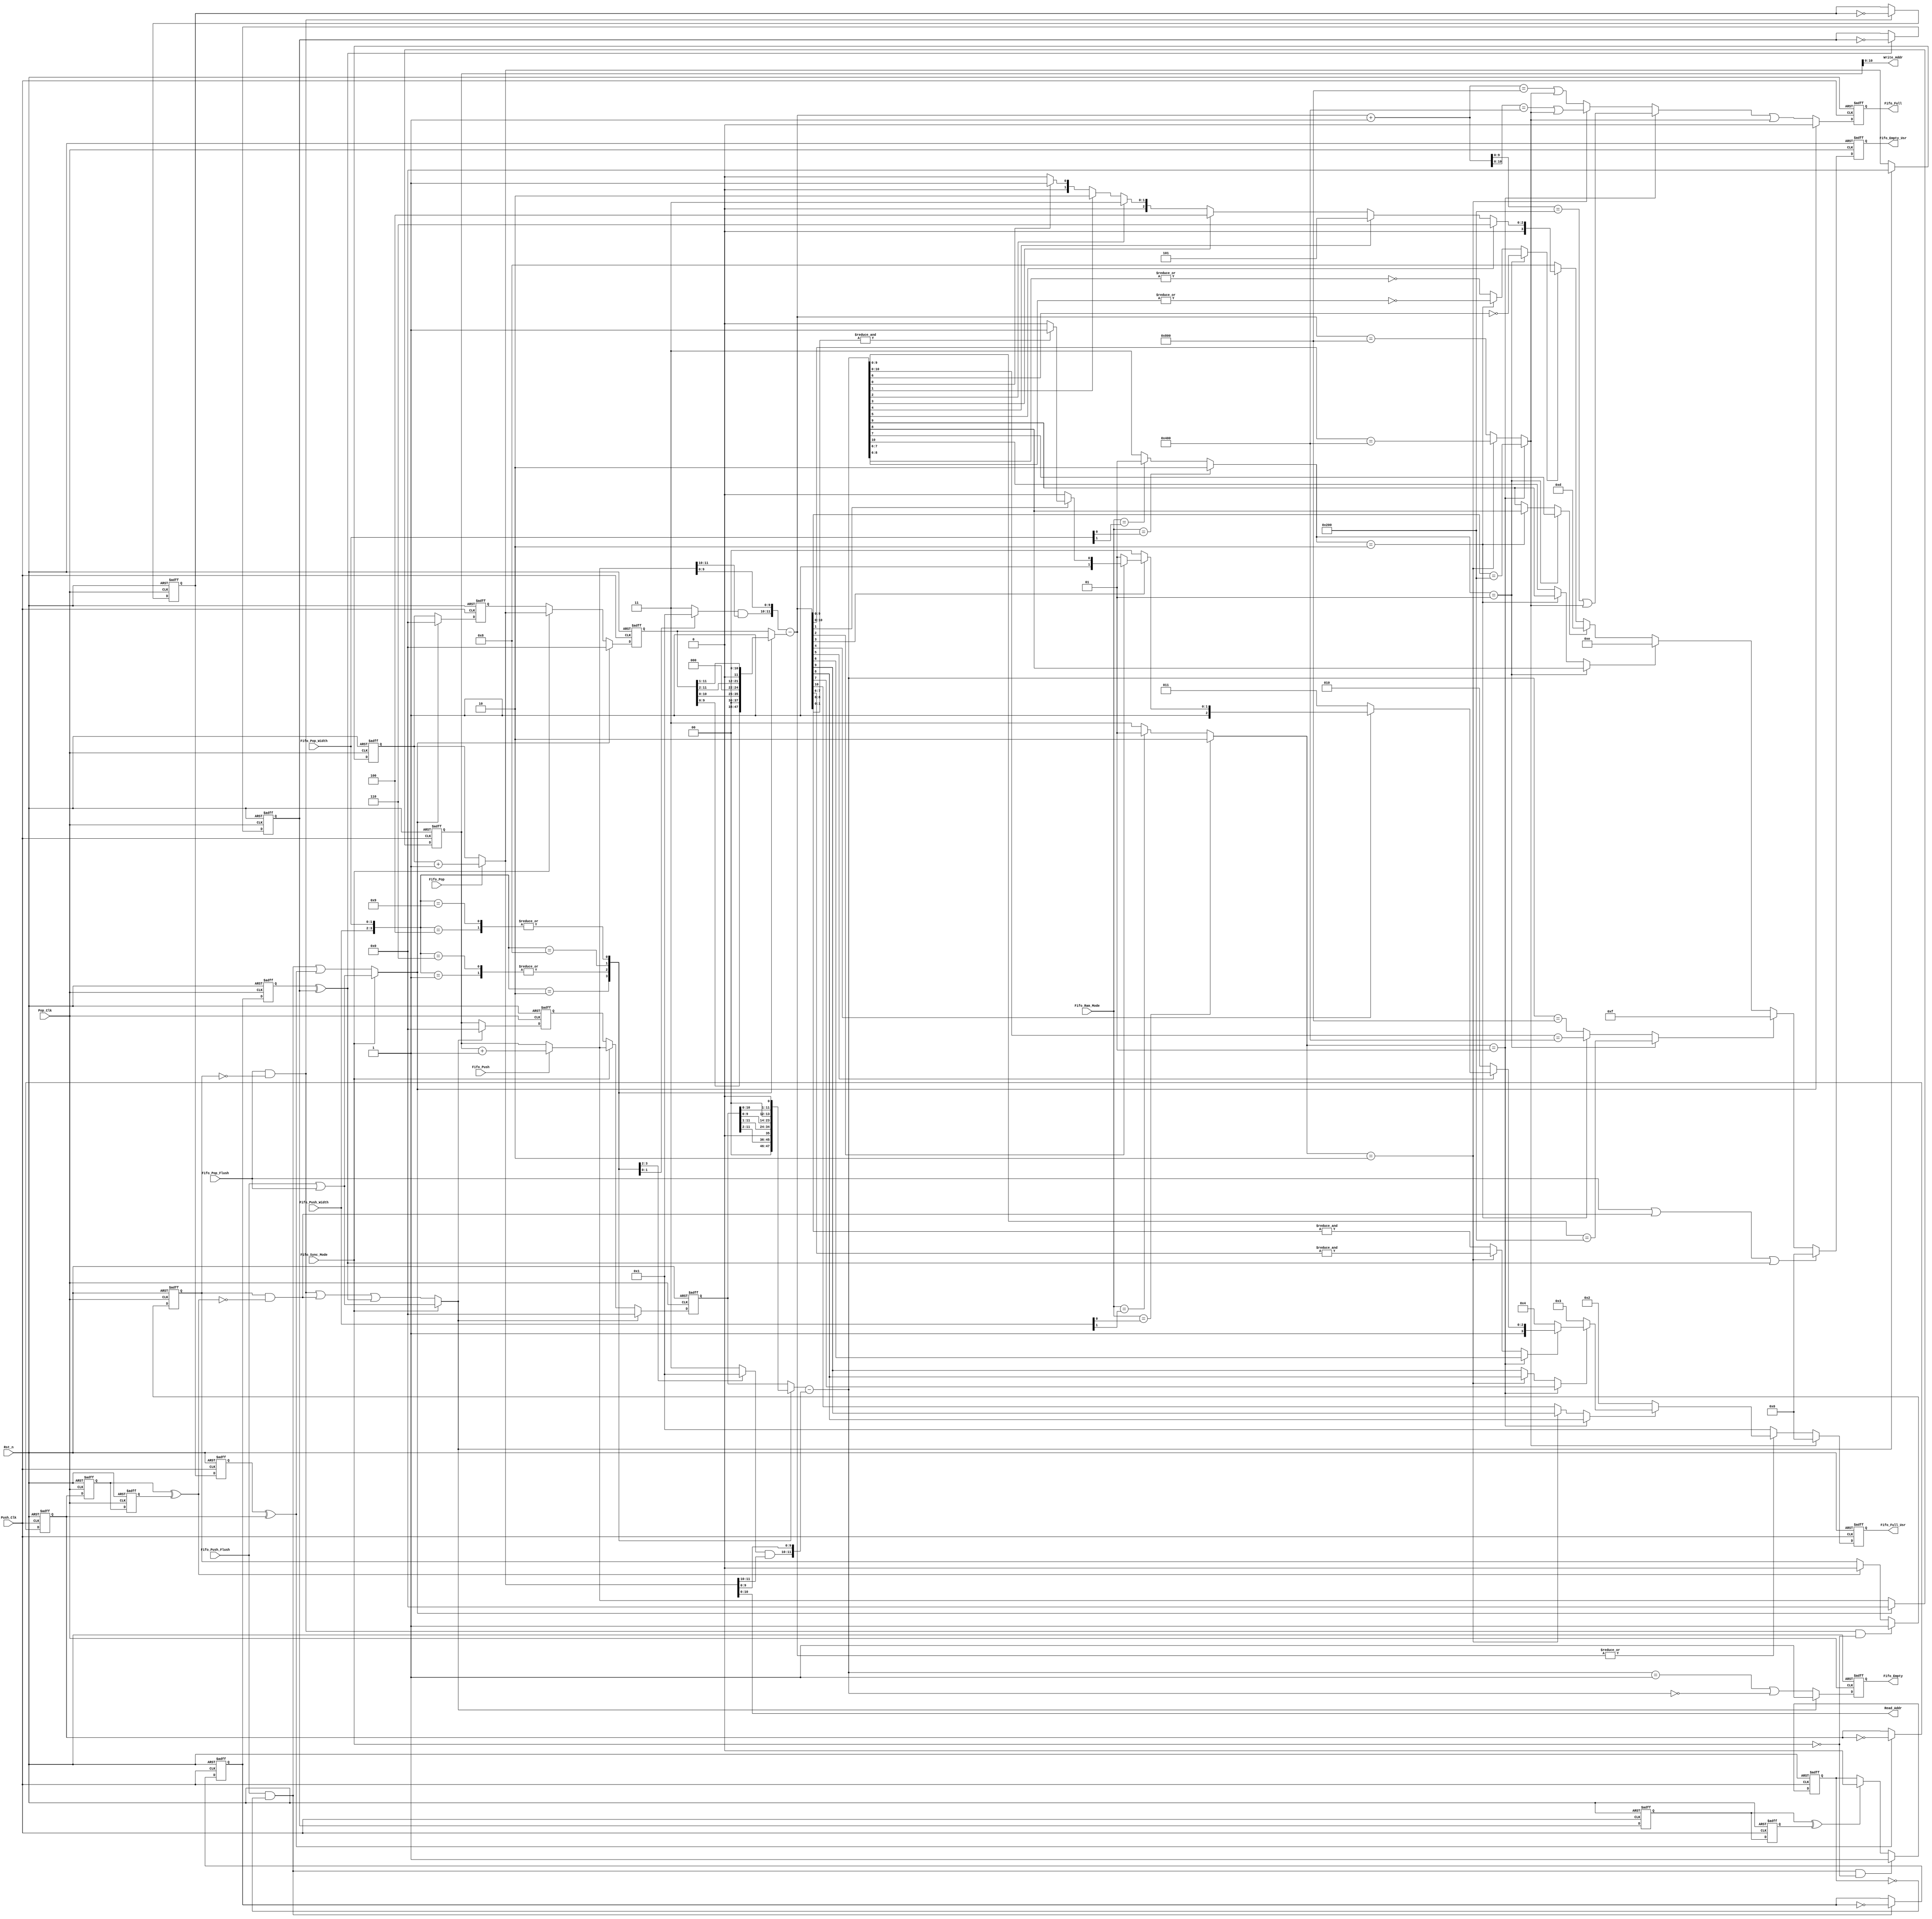
`timescale 1ns/10ps
module fifo_controller_model(
	 Rst_n,
	 Push_Clk,
	 Pop_Clk,
	
	 Fifo_Push,
	 Fifo_Push_Flush,
	 Fifo_Full,
	 Fifo_Full_Usr,
	
	 Fifo_Pop,
	 Fifo_Pop_Flush,
	 Fifo_Empty,
	 Fifo_Empty_Usr,
	
	 Write_Addr,
	
	 Read_Addr,
	 												 
	 Fifo_Ram_Mode,
	 Fifo_Sync_Mode,
	 Fifo_Push_Width,
	 Fifo_Pop_Width
	  );
	
    parameter MAX_PTR_WIDTH   = 12;
  
    parameter DEPTH1 = (1<<(MAX_PTR_WIDTH-3));
    parameter DEPTH2 = (1<<(MAX_PTR_WIDTH-2));
    parameter DEPTH3 = (1<<(MAX_PTR_WIDTH-1));
  
    parameter D1_QTR_A = MAX_PTR_WIDTH - 5;
    parameter D2_QTR_A = MAX_PTR_WIDTH - 4;
    parameter D3_QTR_A = MAX_PTR_WIDTH - 3;

	input	Rst_n;
	input	Push_Clk;
	input	Pop_Clk;
	
	input	Fifo_Push;
	input	Fifo_Push_Flush;
	output	Fifo_Full;
	output	[3:0]  Fifo_Full_Usr;
                            		
	input	Fifo_Pop;
	input	Fifo_Pop_Flush;
	output	Fifo_Empty;
	output	[3:0]  Fifo_Empty_Usr;
	
	output	[MAX_PTR_WIDTH-2:0]  Write_Addr;
	
	output	[MAX_PTR_WIDTH-2:0]  Read_Addr;
		
	input  Fifo_Ram_Mode;
	input  Fifo_Sync_Mode;
	input  [1:0] Fifo_Push_Width;
	input  [1:0] Fifo_Pop_Width;
	
	reg    flush_pop_clk_tf;
	reg    flush_pop2push_clk1;
	reg    flush_push_clk_tf;
	reg    flush_push2pop_clk1;
	reg    pop_local_flush_mask;
	reg    push_flush_tf_pop_clk;
	reg    pop2push_ack1;
	reg    pop2push_ack2;
	reg    push_local_flush_mask;
	reg    pop_flush_tf_push_clk;
	reg    push2pop_ack1;
	reg    push2pop_ack2;
	
	reg    fifo_full_flag_f;
	reg    [3:0]  Fifo_Full_Usr;

	reg    fifo_empty_flag_f;
	reg    [3:0]  Fifo_Empty_Usr;

	reg    [MAX_PTR_WIDTH-1:0]  push_ptr_push_clk;
	reg    [MAX_PTR_WIDTH-1:0]  pop_ptr_push_clk;
	reg    [MAX_PTR_WIDTH-1:0]  pop_ptr_async;	    
	reg    [MAX_PTR_WIDTH-1:0]  pop_ptr_pop_clk ;
	reg    [MAX_PTR_WIDTH-1:0]  push_ptr_pop_clk;
	reg    [MAX_PTR_WIDTH-1:0]  push_ptr_async;

	reg    [1:0]  push_ptr_push_clk_mask;
	reg    [1:0]  pop_ptr_pop_clk_mask;

	reg    [MAX_PTR_WIDTH-1:0]  pop_ptr_push_clk_mux;
	reg    [MAX_PTR_WIDTH-1:0]  push_ptr_pop_clk_mux;

	reg    match_room4none;		
	reg    match_room4one;		
	reg    match_room4half;  	      
	reg    match_room4quart;

	reg    match_all_left;
	reg    match_half_left;
	reg    match_quart_left;

 	reg   [MAX_PTR_WIDTH-1:0]   depth1_reg;
 	reg   [MAX_PTR_WIDTH-1:0]   depth2_reg;
 	reg   [MAX_PTR_WIDTH-1:0]   depth3_reg;
  

	wire	push_clk_rst;
	wire	push_clk_rst_mux;
	wire	push_flush_done;
	wire	pop_clk_rst;
	wire	pop_clk_rst_mux;
	wire	pop_flush_done;

	wire	push_flush_gated;
	wire	pop_flush_gated;
	                          	
	wire	[MAX_PTR_WIDTH-2:0] Write_Addr;
	wire	[MAX_PTR_WIDTH-2:0] Read_Addr;
	
	wire	[MAX_PTR_WIDTH-1:0] push_ptr_push_clk_plus1;
	wire	[MAX_PTR_WIDTH-1:0] next_push_ptr_push_clk;
	wire	[MAX_PTR_WIDTH-1:0] pop_ptr_pop_clk_plus1;
	wire	[MAX_PTR_WIDTH-1:0] next_pop_ptr_pop_clk;
	wire	[MAX_PTR_WIDTH-1:0] next_push_ptr_push_clk_mask;
	wire	[MAX_PTR_WIDTH-1:0] next_pop_ptr_pop_clk_mask;

	wire	[MAX_PTR_WIDTH-1:0] pop_ptr_push_clk_l_shift1;
	wire	[MAX_PTR_WIDTH-1:0] pop_ptr_push_clk_l_shift2;
	wire	[MAX_PTR_WIDTH-1:0] pop_ptr_push_clk_r_shift1;
	wire	[MAX_PTR_WIDTH-1:0] pop_ptr_push_clk_r_shift2;

	wire	[MAX_PTR_WIDTH-1:0] push_ptr_pop_clk_l_shift1;
	wire	[MAX_PTR_WIDTH-1:0] push_ptr_pop_clk_l_shift2;
	wire	[MAX_PTR_WIDTH-1:0] push_ptr_pop_clk_r_shift1;
	wire	[MAX_PTR_WIDTH-1:0] push_ptr_pop_clk_r_shift2;

	wire	[MAX_PTR_WIDTH-1:0] push_diff;
	wire	[MAX_PTR_WIDTH-1:0] push_diff_plus_1;
	wire	[MAX_PTR_WIDTH-1:0] pop_diff;
		
	wire	match_room4all;		
	wire	match_room4eight;	
	
	wire	match_one_left;			
	wire	match_one2eight_left;
	
	integer	depth_sel_push;
	integer depth_sel_pop;

    initial
    begin
        depth1_reg = DEPTH1;
        depth2_reg = DEPTH2;
        depth3_reg = DEPTH3;
    end
	
	initial
	begin
		flush_pop_clk_tf		<= 1'b0;
		push2pop_ack1			<= 1'b0;
		push2pop_ack2			<= 1'b0;
		pop_local_flush_mask	<= 1'b0;
		flush_push2pop_clk1		<= 1'b0;
		push_flush_tf_pop_clk	<= 1'b0;
		flush_push_clk_tf	    <= 1'b0;
		pop2push_ack1			<= 1'b0;
		pop2push_ack2			<= 1'b0;
		push_local_flush_mask	<= 1'b0;
		flush_pop2push_clk1		<= 1'b0;
		pop_flush_tf_push_clk	<= 1'b0;
		push_ptr_push_clk	    <= 0;
		pop_ptr_push_clk		<= 0;
		pop_ptr_async			<= 0;
		fifo_full_flag_f		<= 0;
		pop_ptr_pop_clk			<= 0;
		push_ptr_pop_clk		<= 0;
		push_ptr_async			<= 0;
		fifo_empty_flag_f		<= 1;
		Fifo_Full_Usr			<= 4'b0001;
		Fifo_Empty_Usr			<= 4'b0000;
	end

	assign	Fifo_Full	= fifo_full_flag_f;
	assign	Fifo_Empty	= fifo_empty_flag_f;

	assign	Write_Addr	= push_ptr_push_clk[MAX_PTR_WIDTH-2:0];
	assign	Read_Addr	= next_pop_ptr_pop_clk[MAX_PTR_WIDTH-2:0];

	assign	push_ptr_push_clk_plus1			= push_ptr_push_clk + 1;
	assign	next_push_ptr_push_clk			= ( Fifo_Push ) ? push_ptr_push_clk_plus1 : push_ptr_push_clk;
	assign	next_push_ptr_push_clk_mask	= { ( push_ptr_push_clk_mask & next_push_ptr_push_clk[MAX_PTR_WIDTH-1:MAX_PTR_WIDTH-2] ), next_push_ptr_push_clk[MAX_PTR_WIDTH-3:0] };	

	assign	pop_ptr_pop_clk_plus1				= pop_ptr_pop_clk + 1;
	assign	next_pop_ptr_pop_clk				= ( Fifo_Pop ) ? pop_ptr_pop_clk_plus1 : pop_ptr_pop_clk;
	assign	next_pop_ptr_pop_clk_mask		= { ( pop_ptr_pop_clk_mask & next_pop_ptr_pop_clk[MAX_PTR_WIDTH-1:MAX_PTR_WIDTH-2] ), next_pop_ptr_pop_clk[MAX_PTR_WIDTH-3:0] };

	assign	pop_ptr_push_clk_l_shift1	= { pop_ptr_push_clk[MAX_PTR_WIDTH-2:0], 1'b0 };
	assign	pop_ptr_push_clk_l_shift2	= { pop_ptr_push_clk[MAX_PTR_WIDTH-3:0], 2'b0 };
	assign	pop_ptr_push_clk_r_shift1	= { 1'b0, pop_ptr_push_clk[MAX_PTR_WIDTH-1:1] };
	assign	pop_ptr_push_clk_r_shift2	= { 2'b0, pop_ptr_push_clk[MAX_PTR_WIDTH-1:2] };

	assign	push_ptr_pop_clk_l_shift1	= { push_ptr_pop_clk[MAX_PTR_WIDTH-2:0], 1'b0 };
	assign	push_ptr_pop_clk_l_shift2	= { push_ptr_pop_clk[MAX_PTR_WIDTH-3:0], 2'b0 };
	assign	push_ptr_pop_clk_r_shift1	= { 1'b0, push_ptr_pop_clk[MAX_PTR_WIDTH-1:1] };
	assign	push_ptr_pop_clk_r_shift2	= { 2'b0, push_ptr_pop_clk[MAX_PTR_WIDTH-1:2] };

	assign	push_diff					= next_push_ptr_push_clk_mask - pop_ptr_push_clk_mux;
	assign	push_diff_plus_1	= push_diff + 1;
	assign	pop_diff					= push_ptr_pop_clk_mux - next_pop_ptr_pop_clk_mask;

	assign	match_room4all		= ~|push_diff;
	assign	match_room4eight	= ( depth_sel_push == 3 ) ? ( push_diff >= DEPTH3-8 ) : ( depth_sel_push == 2 ) ? ( push_diff >= DEPTH2-8 ) : ( push_diff >= DEPTH1-8 );
	
	assign	match_one_left				= ( pop_diff == 1 );
	assign	match_one2eight_left	= ( pop_diff < 8 );

	assign	push_flush_gated	= Fifo_Push_Flush & ~push_local_flush_mask;
	assign	pop_flush_gated		= Fifo_Pop_Flush & ~pop_local_flush_mask;
	
	assign	push_clk_rst	= flush_pop2push_clk1 ^ pop_flush_tf_push_clk;
	assign	pop_clk_rst		= flush_push2pop_clk1 ^ push_flush_tf_pop_clk;
	
	assign	pop_flush_done	= push2pop_ack1 ^ push2pop_ack2;
	assign	push_flush_done	= pop2push_ack1 ^ pop2push_ack2;
	
	assign	push_clk_rst_mux	= ( Fifo_Sync_Mode ) ? ( Fifo_Push_Flush | Fifo_Pop_Flush ) : ( push_flush_gated | push_clk_rst );
	assign	pop_clk_rst_mux		= ( Fifo_Sync_Mode ) ? ( Fifo_Push_Flush | Fifo_Pop_Flush ) : ( pop_flush_gated | ( pop_local_flush_mask & ~pop_flush_done ) | pop_clk_rst );
	
	reg match_room_at_most63, match_at_most63_left;
	
	always@( push_diff or push_diff_plus_1 or depth_sel_push or match_room4none or match_room4one )
	begin
		if( depth_sel_push == 1 ) 
		begin
			match_room4none		<= ( push_diff[D1_QTR_A+2:0] == depth1_reg[D1_QTR_A+2:0] );

			match_room4one		<= ( push_diff_plus_1[D1_QTR_A+2:0] == depth1_reg ) | match_room4none;

			match_room4half		<= ( push_diff[D1_QTR_A+1] == 1'b1 );
			match_room4quart	<= ( push_diff[D1_QTR_A] == 1'b1 );
			
			match_room_at_most63    <=  push_diff[6];
		end
		else if( depth_sel_push == 2 ) 
		begin
			match_room4none		<= ( push_diff[D2_QTR_A+2:0] == depth2_reg[D2_QTR_A+2:0] );

			match_room4one		<= ( push_diff_plus_1[D2_QTR_A+2:0] == depth2_reg ) | match_room4none;

			match_room4half		<= ( push_diff[D2_QTR_A+1] == 1'b1 );
			match_room4quart	<= ( push_diff[D2_QTR_A] == 1'b1 );
			
			match_room_at_most63    <=  &push_diff[7:6];
		end
		else  
		begin
			match_room4none		<= ( push_diff == depth3_reg );
			match_room4one		<= ( push_diff_plus_1 == depth3_reg ) | match_room4none;

			match_room4half		<= ( push_diff[D3_QTR_A+1] == 1'b1 );
			match_room4quart	<= ( push_diff[D3_QTR_A] == 1'b1 );
			
			match_room_at_most63	<= &push_diff[8:6];
		end
	end
	
	assign room4_32s = ~push_diff[5];
	assign room4_16s = ~push_diff[4];
	assign room4_8s  = ~push_diff[3];
	assign room4_4s  = ~push_diff[2];
	assign room4_2s  = ~push_diff[1];
	assign room4_1s  = &push_diff[1:0];				
	
	always@( depth_sel_pop or pop_diff )
	begin
		if( depth_sel_pop == 1 ) 
		begin
			match_all_left		<= ( pop_diff[D1_QTR_A+2:0] == depth1_reg[D1_QTR_A+2:0] );

			match_half_left		<= ( pop_diff[D1_QTR_A+1] == 1'b1 );
			match_quart_left	<= ( pop_diff[D1_QTR_A] == 1'b1 );
			
			match_at_most63_left	<= ~pop_diff[6];
		end
		else if( depth_sel_pop == 2 ) 
		begin
			match_all_left		<= ( pop_diff[D2_QTR_A+2:0] == depth2_reg[D2_QTR_A+2:0] );

			match_half_left		<= ( pop_diff[D2_QTR_A+1] == 1'b1 );
			match_quart_left	<= ( pop_diff[D2_QTR_A] == 1'b1 );
			
			match_at_most63_left	<= ~|pop_diff[7:6];			
		end
		else  
		begin
			match_all_left		<= ( pop_diff == depth3_reg );

			match_half_left		<= ( pop_diff[D3_QTR_A+1] == 1'b1 );
			match_quart_left	<= ( pop_diff[D3_QTR_A] == 1'b1 );
			
			match_at_most63_left	<= ~|pop_diff[8:6];			
		end
	end

	assign at_least_32 = pop_diff[5];
	assign at_least_16 = pop_diff[4];
	assign at_least_8 = pop_diff[3];
	assign at_least_4 = pop_diff[2];
	assign at_least_2 = pop_diff[1];
	assign one_left = pop_diff[0];
	
	always@( posedge Pop_Clk or negedge Rst_n )
	begin
		if( ~Rst_n )
		begin
			push2pop_ack1 <= 1'b0;
			push2pop_ack2 <= 1'b0;
			flush_pop_clk_tf <= 1'b0;
			pop_local_flush_mask <= 1'b0;
			flush_push2pop_clk1 <= 1'b0;
			push_flush_tf_pop_clk <= 1'b0;
		end
		else
		begin
			push2pop_ack1 <= pop_flush_tf_push_clk;
			push2pop_ack2 <= push2pop_ack1;
			flush_push2pop_clk1 <= flush_push_clk_tf;
			if( pop_flush_gated )
			begin
				flush_pop_clk_tf	<= ~flush_pop_clk_tf;
			end
	
			if( pop_flush_gated & ~Fifo_Sync_Mode )
			begin
				pop_local_flush_mask	<= 1'b1;
			end
			else if( pop_flush_done )
			begin
				pop_local_flush_mask	<= 1'b0;
			end
	
			if( pop_clk_rst )
			begin
				push_flush_tf_pop_clk	<= ~push_flush_tf_pop_clk;
			end
		end
	end

	always@( posedge Push_Clk or negedge Rst_n )
	begin
		if( ~Rst_n )
		begin
			pop2push_ack1 <= 1'b0;
			pop2push_ack2 <= 1'b0;
			flush_push_clk_tf <= 1'b0;
			push_local_flush_mask <= 1'b0;
			flush_pop2push_clk1 <= 1'b0;
			pop_flush_tf_push_clk <= 1'b0;
		end
		else
		begin
			pop2push_ack1				<= push_flush_tf_pop_clk;
			pop2push_ack2				<= pop2push_ack1;
			flush_pop2push_clk1	<= flush_pop_clk_tf;
			if( push_flush_gated )
			begin
				flush_push_clk_tf	<= ~flush_push_clk_tf;
			end
	
			if( push_flush_gated & ~Fifo_Sync_Mode )
			begin
				push_local_flush_mask	<= 1'b1;
			end
			else if( push_flush_done )
			begin
				push_local_flush_mask	<= 1'b0;
			end
			
			if( push_clk_rst )
			begin
				pop_flush_tf_push_clk	<= ~pop_flush_tf_push_clk;
			end
		end
	end

	always@( Fifo_Push_Width or Fifo_Pop_Width or pop_ptr_push_clk_l_shift1 or pop_ptr_push_clk_l_shift2 or pop_ptr_push_clk_r_shift1 or
						pop_ptr_push_clk_r_shift2 or push_ptr_pop_clk_l_shift1 or push_ptr_pop_clk_l_shift2 or push_ptr_pop_clk_r_shift1 or push_ptr_pop_clk_r_shift2 or
						pop_ptr_push_clk or push_ptr_pop_clk )
	begin
		case( { Fifo_Push_Width, Fifo_Pop_Width } )
			4'b0001:	
      begin
      	push_ptr_push_clk_mask	<= 2'b11;
				pop_ptr_pop_clk_mask		<= 2'b01;
				pop_ptr_push_clk_mux		<= pop_ptr_push_clk_l_shift1;
				push_ptr_pop_clk_mux		<= push_ptr_pop_clk_r_shift1;
			end
			4'b0010:	
      begin
      	push_ptr_push_clk_mask	<= 2'b11;
				pop_ptr_pop_clk_mask		<= 2'b00;
				pop_ptr_push_clk_mux		<= pop_ptr_push_clk_l_shift2;
				push_ptr_pop_clk_mux		<= push_ptr_pop_clk_r_shift2;
			end
			4'b0100:	
      begin
      	push_ptr_push_clk_mask	<= 2'b01;
				pop_ptr_pop_clk_mask		<= 2'b11;
				pop_ptr_push_clk_mux		<= pop_ptr_push_clk_r_shift1;
				push_ptr_pop_clk_mux		<= push_ptr_pop_clk_l_shift1;
			end
      4'b0110:	
      begin
      	push_ptr_push_clk_mask	<= 2'b11;
				pop_ptr_pop_clk_mask		<= 2'b01;
				pop_ptr_push_clk_mux		<= pop_ptr_push_clk_l_shift1;
				push_ptr_pop_clk_mux		<= push_ptr_pop_clk_r_shift1;
			end
			4'b1000:	
      begin
      	push_ptr_push_clk_mask	<= 2'b00;
				pop_ptr_pop_clk_mask		<= 2'b11;
				pop_ptr_push_clk_mux		<= pop_ptr_push_clk_r_shift2;
				push_ptr_pop_clk_mux		<= push_ptr_pop_clk_l_shift2;
			end
			4'b1001:	
      begin
      	push_ptr_push_clk_mask	<= 2'b01;
				pop_ptr_pop_clk_mask		<= 2'b11;
				pop_ptr_push_clk_mux		<= pop_ptr_push_clk_r_shift1;
				push_ptr_pop_clk_mux		<= push_ptr_pop_clk_l_shift1;
			end
      default:	
      begin
      	push_ptr_push_clk_mask	<= 2'b11;
				pop_ptr_pop_clk_mask		<= 2'b11;
				pop_ptr_push_clk_mux		<= pop_ptr_push_clk;
				push_ptr_pop_clk_mux		<= push_ptr_pop_clk;
			end
  	endcase
	end
	
	always@( Fifo_Ram_Mode or Fifo_Push_Width )
	begin
		if( Fifo_Ram_Mode == Fifo_Push_Width[0] )
		begin
			depth_sel_push	<= 2;	
		end
		else if( Fifo_Ram_Mode == Fifo_Push_Width[1] )
		begin
			depth_sel_push	<= 1;	
		end
		else
		begin
			depth_sel_push	<= 3;	
		end
	end

	always@( Fifo_Ram_Mode or Fifo_Pop_Width )
	begin
		if( Fifo_Ram_Mode == Fifo_Pop_Width[0] )
		begin
			depth_sel_pop	<= 2;	
		end
		else if( Fifo_Ram_Mode == Fifo_Pop_Width[1] )
		begin
			depth_sel_pop	<= 1;	
		end
		else
		begin
			depth_sel_pop	<= 3;	
		end
	end

	always@( posedge Push_Clk or negedge Rst_n )
	begin
		if( ~Rst_n )
		begin
			push_ptr_push_clk	<= 0;
			pop_ptr_push_clk	<= 0;
			pop_ptr_async			<= 0;
			fifo_full_flag_f	<= 0;
		end
		else
		begin
			if( push_clk_rst_mux )
			begin
				push_ptr_push_clk	<= 0;
				pop_ptr_push_clk	<= 0;
				pop_ptr_async			<= 0;
				fifo_full_flag_f	<= 0;
			end
			else
			begin
				push_ptr_push_clk	<= next_push_ptr_push_clk; 
				pop_ptr_push_clk	<= ( Fifo_Sync_Mode ) ? next_pop_ptr_pop_clk : pop_ptr_async;
				pop_ptr_async			<= pop_ptr_pop_clk;
				fifo_full_flag_f	<= match_room4one | match_room4none;
			end
		end
	end

	always@( posedge Pop_Clk or negedge Rst_n )
	begin
		if( ~Rst_n )
		begin
			pop_ptr_pop_clk		<= 0;
			push_ptr_pop_clk	<= 0;
			push_ptr_async		<= 0;
			fifo_empty_flag_f	<= 1;
		end
		else
		begin
			if( pop_clk_rst_mux )
			begin
				pop_ptr_pop_clk		<= 0;
				push_ptr_pop_clk	<= 0;
				push_ptr_async		<= 0;
				fifo_empty_flag_f	<= 1;
			end
			else
			begin
				pop_ptr_pop_clk		<= next_pop_ptr_pop_clk;
				push_ptr_pop_clk	<= ( Fifo_Sync_Mode ) ? next_push_ptr_push_clk : push_ptr_async;
				push_ptr_async		<= push_ptr_push_clk;
				fifo_empty_flag_f	<= ( pop_diff == 1 ) | ( pop_diff == 0 );
			end
		end
	end	

	always@( posedge Push_Clk or negedge Rst_n )
	begin
		if( ~Rst_n )
		begin
 		    Fifo_Full_Usr	<= 4'b0001;
		end
		else
		begin
			if( match_room4none )
			begin
				Fifo_Full_Usr	<= 4'b0000;
			end
			else if( match_room4all )
			begin
				Fifo_Full_Usr	<= 4'b0001;
			end
			else if( ~match_room4half )
			begin
				Fifo_Full_Usr	<= 4'b0010;
			end
			else if( ~match_room4quart )
			begin
				Fifo_Full_Usr	<= 4'b0011;
			end
			else 
				begin
				if (match_room_at_most63)
					begin
					if (room4_32s)
						Fifo_Full_Usr <= 4'b1010;
					else if (room4_16s)
						Fifo_Full_Usr <= 4'b1011;
					else if (room4_8s)
						Fifo_Full_Usr <= 4'b1100;
					else if (room4_4s)
						Fifo_Full_Usr <= 4'b1101;
					else if (room4_2s)
						Fifo_Full_Usr <= 4'b1110;
					else if (room4_1s)
						Fifo_Full_Usr <= 4'b1111;
					else
						Fifo_Full_Usr <= 4'b1110;
					end
				else
					Fifo_Full_Usr <= 4'b0100;
				end
		end
	end

	always@( posedge Pop_Clk or negedge Rst_n )
	begin
		if( ~Rst_n )
		begin
			Fifo_Empty_Usr	<= 4'b0000;
		end
		else
		begin
			if( Fifo_Pop_Flush | ( pop_local_flush_mask & ~pop_flush_done ) | pop_clk_rst )
			begin
				Fifo_Empty_Usr	<= 4'b0000;
			end
			else 
			if( match_all_left )
			begin
				Fifo_Empty_Usr	<= 4'b1111;
			end
			else if( match_half_left )
			begin
				Fifo_Empty_Usr	<= 4'b1110;
			end
			else if( match_quart_left )
			begin
				Fifo_Empty_Usr	<= 4'b1101;
			end
			else 
				begin
				if (match_at_most63_left)
					begin
					if (at_least_32)
						Fifo_Empty_Usr	<= 4'b0110;
					else if	(at_least_16)
						Fifo_Empty_Usr	<= 4'b0101;					
					else if	(at_least_8)
						Fifo_Empty_Usr	<= 4'b0100;					
					else if	(at_least_4)
						Fifo_Empty_Usr	<= 4'b0011;					
					else if	(at_least_2)
						Fifo_Empty_Usr	<= 4'b0010;					
					else if	(one_left)
						Fifo_Empty_Usr	<= 4'b0001;
					else Fifo_Empty_Usr	<= 4'b0000;
					end
				else
					Fifo_Empty_Usr	<= 4'b1000;
				end
		end
	end
endmodule